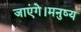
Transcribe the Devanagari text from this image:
जाएंगे।मनुष्य